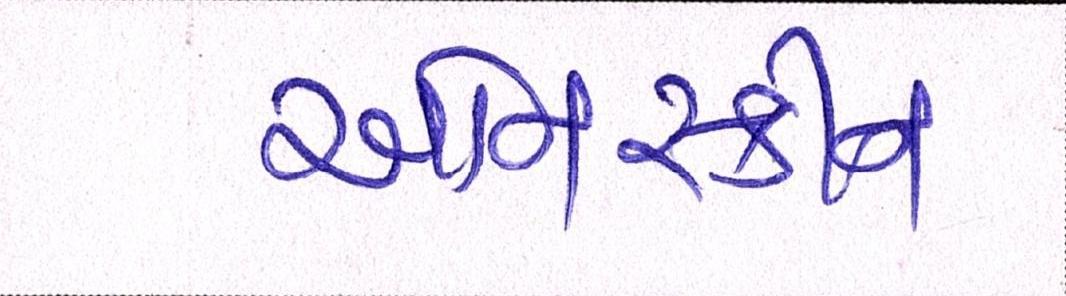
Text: ઓનસ્ક્રીન